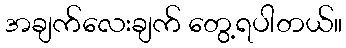
အချက်လေးချက် တွေ့ရပါတယ်။